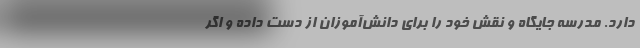
دارد. مدرسه جایگاه و نقش خود را برای دانش‌آموزان از دست داده و اگر